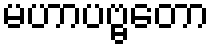
မဟာပဗ္ဗတော